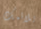
يلائمك